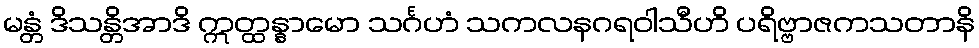
မန္တံ ဒိသန္တိအာဒိ ဣတ္ထန္နာမော သင်္ဂဟံ သကလနဂရဝါသီဟိ ပရိဗ္ဗာဇကသတာနိ